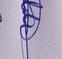
Signature authenticity: genuine